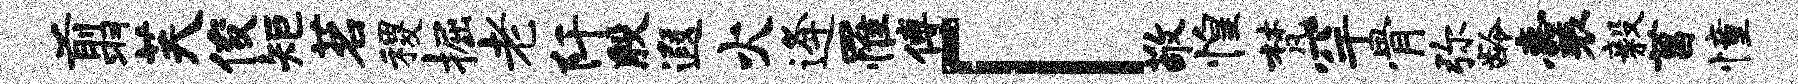
翦芙俊矩茗稷掘老阡殷遐火逄罹傅「敬惶梵罕骨弥龄囊毅菖憧